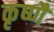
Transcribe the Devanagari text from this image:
कृष्णै